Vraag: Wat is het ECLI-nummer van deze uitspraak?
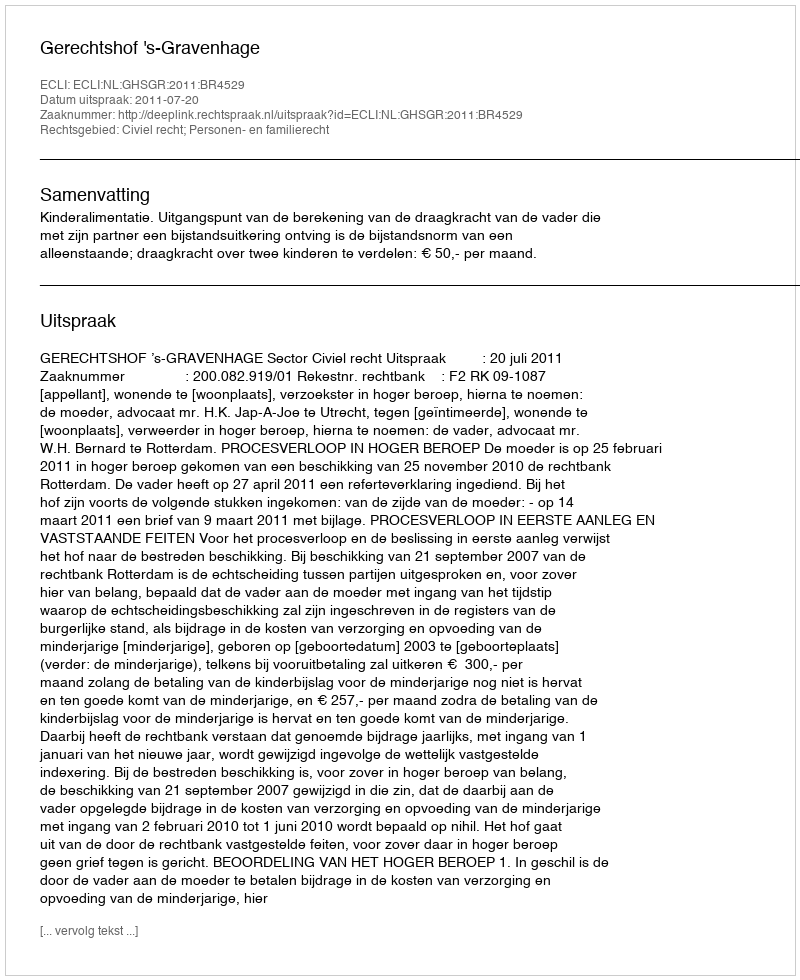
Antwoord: ECLI:NL:GHSGR:2011:BR4529